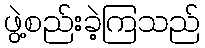
ဖွဲ့စည်းခဲ့ကြသည်